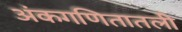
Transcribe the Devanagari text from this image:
अंकगणितातली